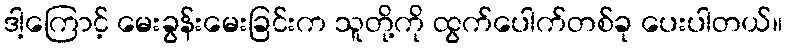
ဒါ့ကြောင့် မေးခွန်းမေးခြင်းက သူတို့ကို ထွက်ပေါက်တစ်ခု ပေးပါတယ်။